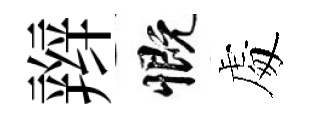
辫慨䖏